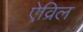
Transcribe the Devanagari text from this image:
ऐव्रिल